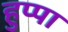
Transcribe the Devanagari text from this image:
हुप्पा